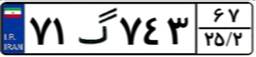
۶۹گ۴۴۲۰۶